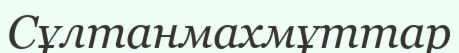
Сұлтанмахмұттар